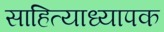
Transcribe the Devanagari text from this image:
साहित्याध्यापक